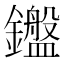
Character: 𬬛